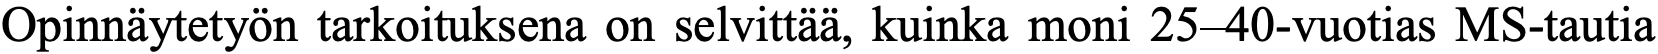
Opinnäytetyön tarkoituksena on selvittää, kuinka moni 25–40-vuotias MS-tautia